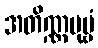
အတိဏ္ဏပုဗ္ဗံ